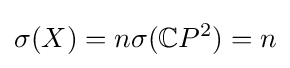
\sigma (X)=n\sigma (\mathbb {C} P^{2})=n